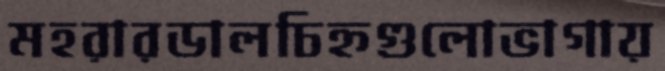
মহরারডালচিহ্নগুলোভাগায়